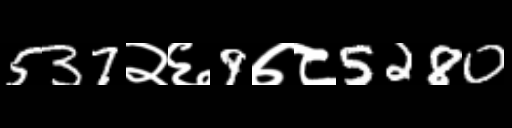
Text: 537२६9७८5280